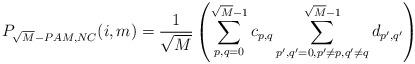
LaTeX: \begin{align*}P_{\sqrt{M}-PAM,NC}(i,m)=\frac{1}{\sqrt{M}}\left(\sum_{p,q=0}^{\sqrt{M}-1}c_{p,q}\sum_{p',q'=0,p'\neq p, q'\neq q}^{\sqrt{M}-1}d_{p',q'}\right)\end{align*}